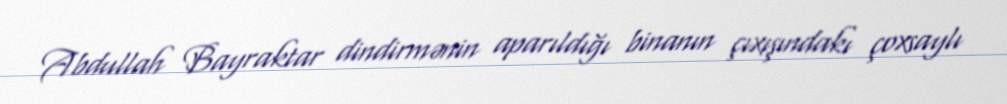
Abdullah Bayraktar dindirmənin aparıldığı binanın çıxışındakı çoxsaylı